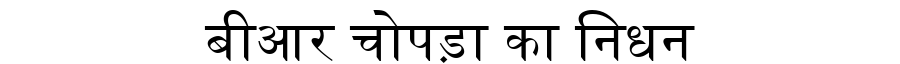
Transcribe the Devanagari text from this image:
बीआर चोपड़ा का निधन